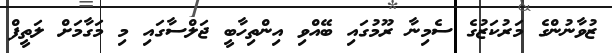
ޒުވާނުންގެ މަރުކަޒުގެ ސެމިނާ ރޫމުގައި ބޭއްވި އިންތިހާބީ ޖަލްސާގައި މި މަގާމަށް ލަތީފް